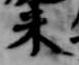
米